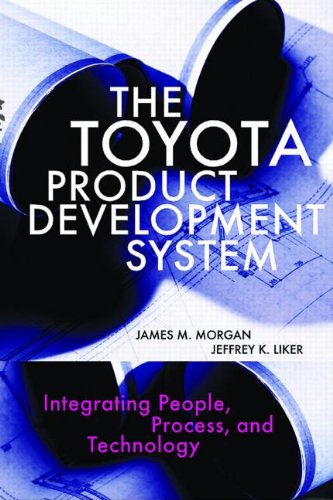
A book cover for The Toyota Product Development System: Integrating People, Process And Technology; James M. Morgan; Business & Money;